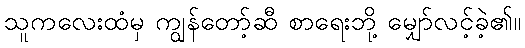
သူကလေးထံမှ ကျွန်တော့်ဆီ စာရေးဘို့ မျှော်လင့်ခဲ့၏။